Indian journal of veterinary science and animal husbandry - Volumes 18-21, 1948-1951
Year: 1948
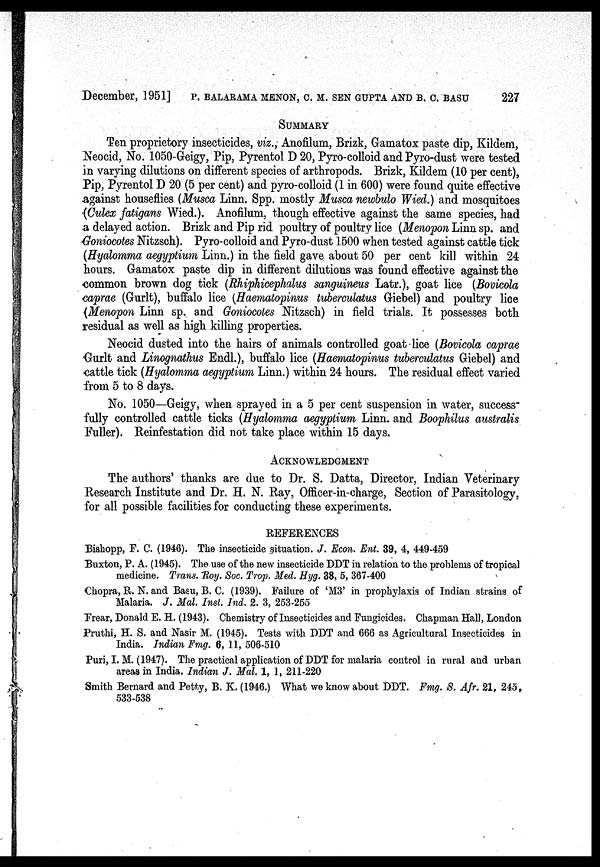
December, 1951] P. BALARAMA MENON, C. M. SEN GUPTA AND B. C. BASU 227
SUMMARY
Ten proprietory insecticides, viz., Anofilum, Brizk, Gamatox paste dip, Kildem,
Neocid, No. 1050-Geigy, Pip, Pyrentol D 20, Pyro-colloid and Pyro-dust were tested
in varying dilutions on different species of arthropods. Brizk, Kildem (10 per cent),
Pip, Pyrentol D 20 (5 per cent) and pyro-colloid (1 in 600) were found quite effective
against houseflies (Musca Linn. Spp. mostly Musca newbulo Wied.) and mosquitoes
(Culex fatigans Wied.). Anofilum, though effective against the same species, had
a delayed action. Brizk and Pip rid poultry of poultry lice (Menopon Linn sp. and
Goniocotes Nitzsch). Pyro-colloid and Pyro-dust 1500 when tested against cattle tick
(Hyalomma aegyptium Linn.) in the field gave about 50 per cent kill within 24
hours. Gamatox paste dip in different dilutions was found effective against the
common brown dog tick (Rhiphicephalus sanguineus Latr.), goat lice (Bovicola
caprae (Gurlt), buffalo lice (Haematopinus tuberculatus Giebel) and poultry lice
(Menopon Linn sp. and Goniocotes Nitzsch) in field trials. It possesses both
residual as well as high killing properties.
Neocid dusted into the hairs of animals controlled goat lice (Bovicola caprae
Gurlt and Linognathus Endl.), buffalo lice (Haematopinus tuberculatus Giebel) and
cattle tick (Hyalomma aegyptium Linn.) within 24 hours. The residual effect varied
from 5 to 8 days.
No. 1050—Geigy, when sprayed in a 5 per cent suspension in water, success
fully controlled cattle ticks (Hyalomma aegyptium Linn. and Boophilus australis
Fuller). Reinfestation did not take place within 15 days.
ACKNOWLEDGMENT
The authors' thanks are due to Dr. S. Datta, Director, Indian Veterinary
Research Institute and Dr. H. N. Ray, Officer-in-charge, Section of Parasitology,
for all possible facilities for conducting these experiments.
REFERENCES
Bishopp, F. C. (1946). The insecticide situation. J. Econ. Ent. 39, 4, 449-459
Buxton, P. A. (1945). The use of the new insecticide DDT in relation to the problems of tropical
medicine. Trans. Roy. Soc. Trop. Med. Hyg. 38, 5, 367-400
Chopra, R. N. and Basu, B. C. (1939). Failure of 'M3' in prophylaxis of Indian strains of
Malaria. J. Mal. Inst. Ind. 2. 3, 253-255
Frear, Donald E. H. (1943). Chemistry of Insecticides and Fungicides. Chapman Hall, London
Pruthi, H. S. and Nasir M. (1945). Tests with DDT and 666 as Agricultural Insecticides in
India. Indian Fmg. 6, 11, 506-510
Puri, I. M. (1947). The practical application of DDT for malaria control in rural and urban
areas in India. Indian J. Mal. 1, 1, 211-220
Smith Bernard and Petty, B. K. (1946.) What we know about DDT. Fmg. S. Afr. 21, 245,
533-538